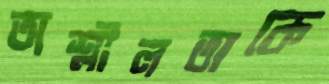
অশ্লীলতাকে